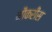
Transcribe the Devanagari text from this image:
नौकरीस